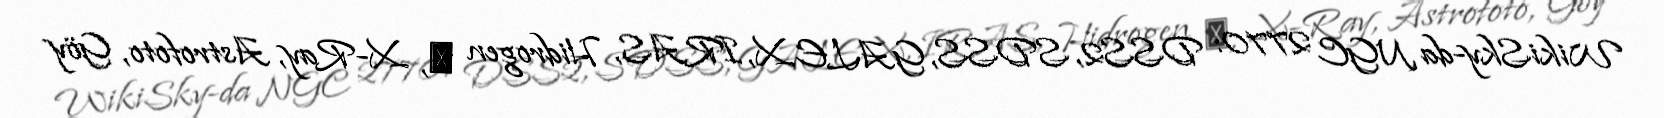
WikiSky-da NGC 2770: DSS2, SDSS, GALEX, IRAS, Hidrogen α, X-Ray, Astrofoto, Göy